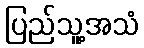
ပြည်သူ့အသံ